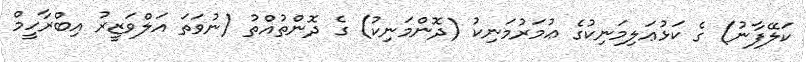
ކަލޭފާނު) ގެ ކަޅުޢަލިމަނިކުގެ ޢުމަރުމަނިކު (ދޮންމަނިކު) ގެ ދޮންތުއްތު (ނުވަތަ އަލްވަޒީރު އިބްރާހީމް